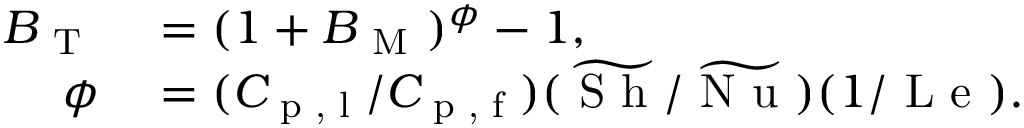
\begin{array} { r l } { B _ { \mathrm { ~ T ~ } } } & { { } = ( 1 + B _ { \mathrm { ~ M ~ } } ) ^ { \phi } - 1 , } \\ { \phi } & { { } = ( C _ { \textup { p , l } } / C _ { \textup { p , f } } ) ( \widetilde { \textup { S h } } / \widetilde { \textup { N u } } ) ( 1 / \textup { L e } ) . } \end{array}